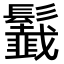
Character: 𩯶